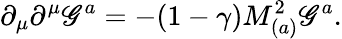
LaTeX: \partial_{\mu}\partial^{\mu}\mathscr{G}^{a}=-(1-\gamma)M_{(a)}^{2}\mathscr{G}^{a}.